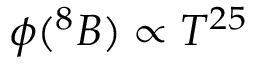
\phi ( ^ { 8 } B ) \propto T ^ { 2 5 }